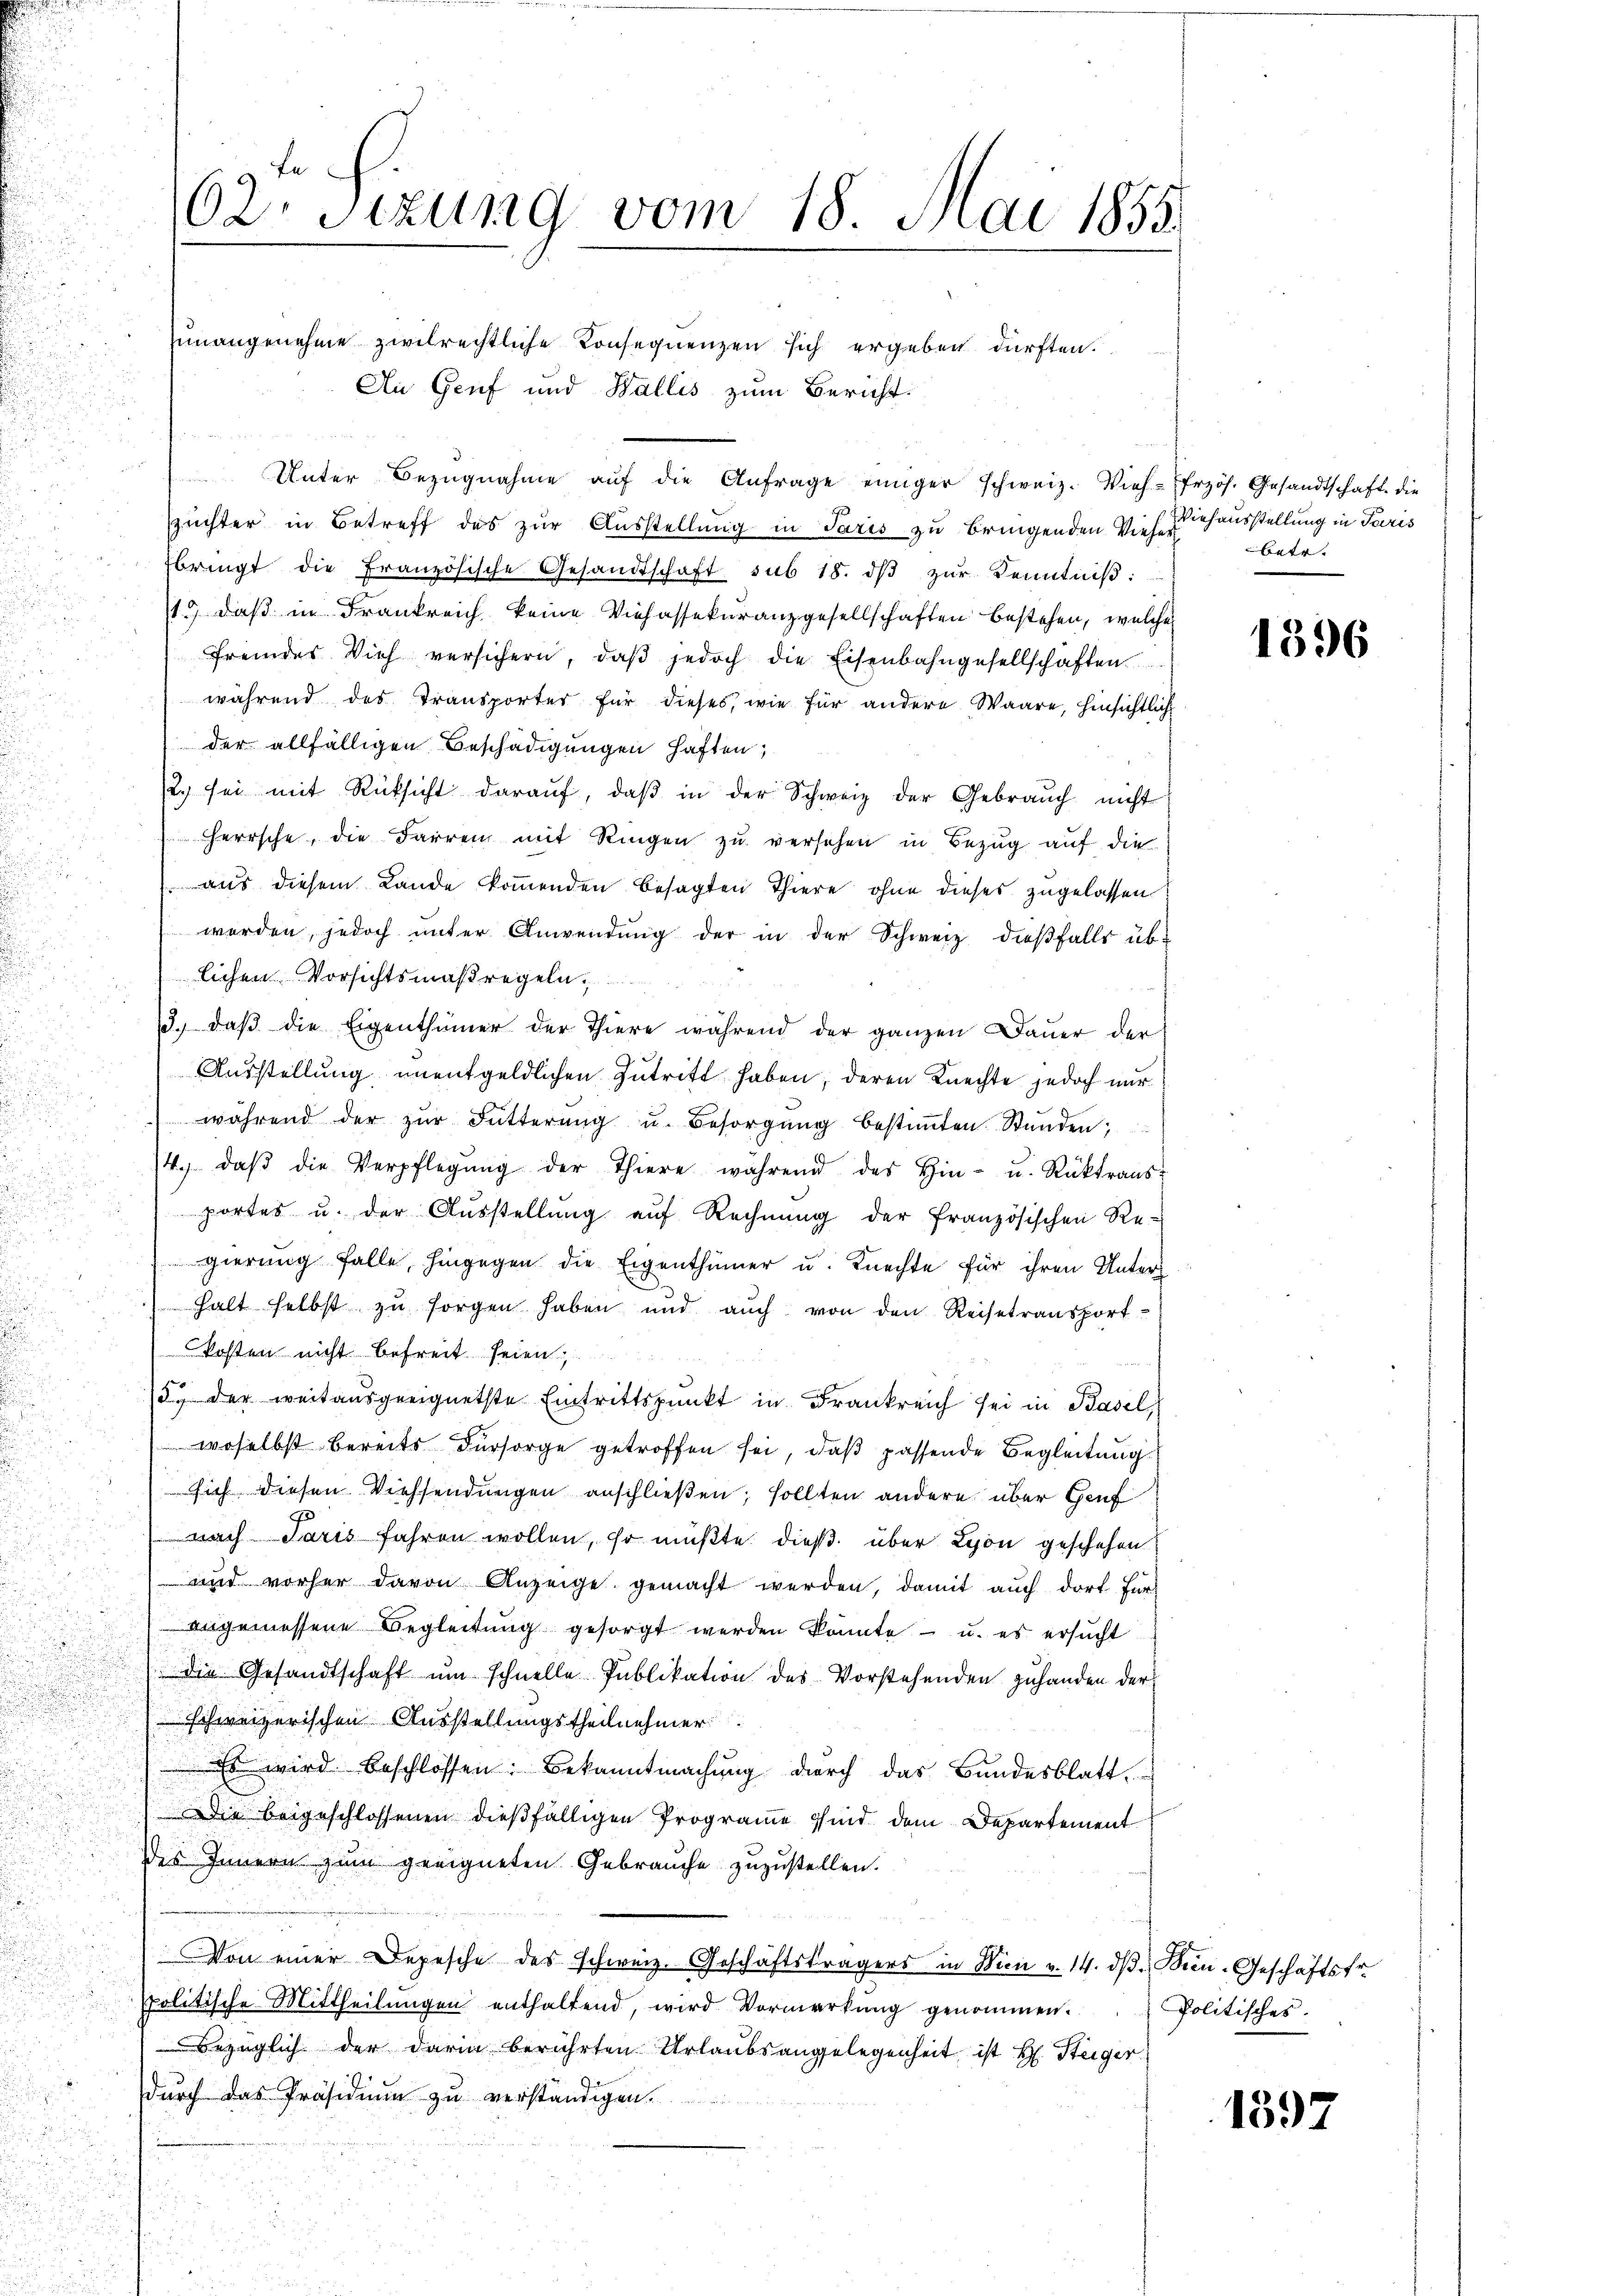
62. Sizung vom 18. Mai 1855.

d

Unter Bezugnahme auf die Anfrage einiger schweiz. Vieh
Züchter in Betreff des zur Ausstellung in Paris zu bringenden Vie
bringt die Französische Gesandtschaft sub 18. dβ zŭr Kenntniβ:
1) daß in Frankreich keine Viehassekuranzgesellschaften bestehen, welch
fremdes Vieh versichern, daβ jedoch die Eisenbahngesellschaften
während des Transporter für dieses, wie für andere Waare, hinsichts
der allfälligen Beschädigungen haften,
2. sei mit Rücksicht daraŭf, daβ in der Schweiz der Gebrauch nicht
erische, die Farren mit Ringen zu versehen in Bezug auf die
aus diesem Lande kommenden besagten Thiere ohne dieses zugelassen.
werden, jedoch unter Anwendung der in der Schweiz dießfalls üb
lichen Vorsichtsmaßregeln,
3. daβ die Eigenthümer der Thiere während der ganzen Daŭer der
Ausstellung unentgeldlichen Zutritt haben; deren Knechte jedoch nur
während der zŭr Futterŭng u. Besorgŭng bestiṁten Stŭnden;
4. daβ die Verpflegŭng der Thiere während der Hin- u. Rücktrans
 portes u. der Aŭsstellŭng aŭf Rechnŭng der französischen Re-
gierung falle, hingegen die Eigenthümer u. Knechte für ihren Unter
.
halt selbst zŭ sorgen haben und aŭch von den Reisetransport-
kosten nicht befreit seien
15. der weitausgeeignetste Eintrittspunkt in Frankreich sei in Basel,
 woselbst bereits Fürsorge getroffen sei, daß passende Begleitung
 sich diesen Viehsendungen anschließen; sollten andere über Genf
d
nach Paris fahren wollen, so müßte dieß über Lyon geschehen
und vorher davon Anzeige gemacht werden, damit auch dort für
 angemessene Begleitung gesorgt werden könnte - u. es ersucht
 die Gesandtschaft um schnelle Publikation des Vorstehenden zuhanden der
 schweizerischen Ausstellungstheilnehmer
Es wird beschlossen: Bekanntmachung durch das Bundesblatt.
Die beigeschlossenen dießfälligen Programme sind dem Departement
des Innern zum geeigneten Gebrauche zuzustellen.
Von einer Depesche des schweiz. Geschäftsträgers in Wien v. 14. dβ Been-Geschäftsfr.
spolitische Mittheilungen enthaltend, wird Vormerkung genommen.
Bezüglich der darin berührten Urlaubsangelegenheit ist H. Steiger
durch das Präsidium zu verständigen.

unangenehme zivilrechtliche Konsequenzen sich ergeben dürften.
An Genf und Wallis zum Bericht.

Erzös. Gesandtschaft die
haßinhausstellung in Paris
betr.

1396

Politisches.

1397